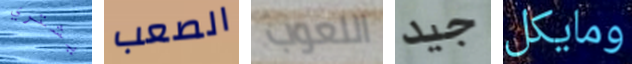
يشتري الصعب اللعوب جيد ومايكل